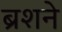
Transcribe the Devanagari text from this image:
ब्रशने